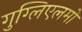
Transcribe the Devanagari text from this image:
गुग्लिएलमो